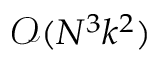
\mathcal O ( N ^ { 3 } k ^ { 2 } )